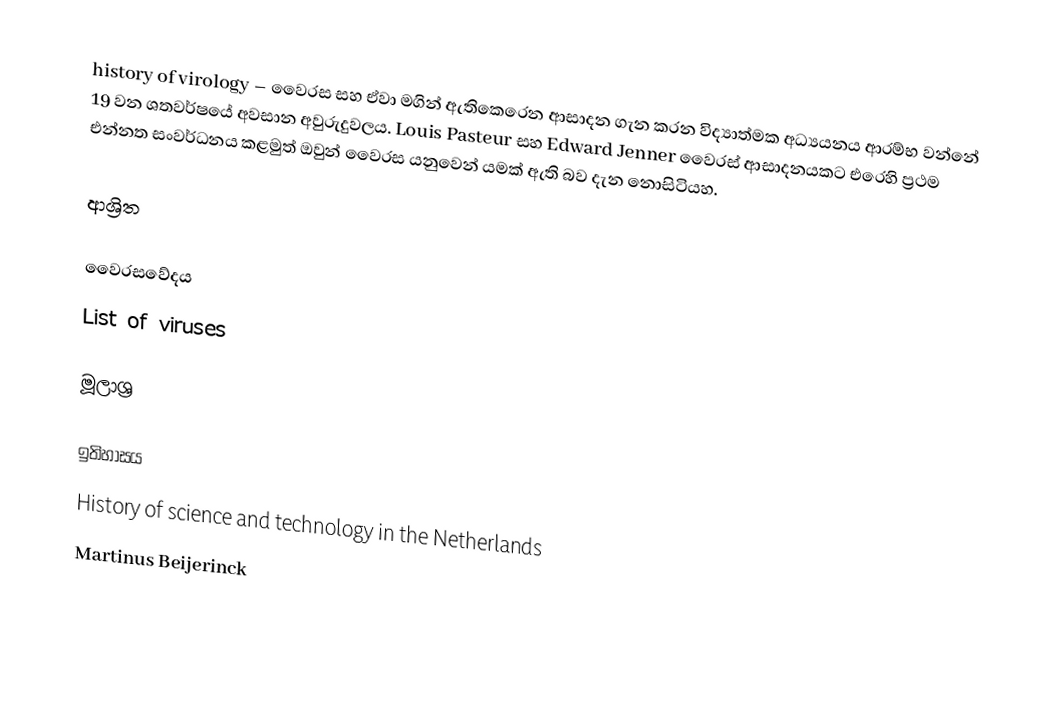
history of virology – වෛරස සහ ඒවා මගින් ඇතිකෙරෙන ආසාදන ගැන කරන විද්‍යාත්මක අධ්‍යයනය ආරම්භ වන්නේ 19 වන ශතවර්ෂයේ අවසාන අවුරුදුවලය. Louis Pasteur සහ Edward Jenner වෛරස් ආසාදනයකට එරෙහි ප්‍රථම එන්නත සංවර්ධනය කළමුත් ඔවුන් වෛරස යනුවෙන් යමක් ඇති බව දැන නොසිටියහ.

ආශ්‍රිත

 වෛරසවේදය
 List of viruses

මූලාශ්‍ර

ඉතිහාසය
History of science and technology in the Netherlands
Martinus Beijerinck